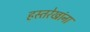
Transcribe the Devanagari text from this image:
हस्तरेखांना